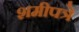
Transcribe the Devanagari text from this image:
शमीपत्रे